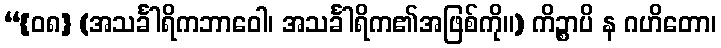
“{၀၈} (အသင်္ခါရိကဘာဝေါ၊ အသင်္ခါရိက၏အဖြစ်ကို။) ကိဉ္စာပိ န ဂဟိတော၊